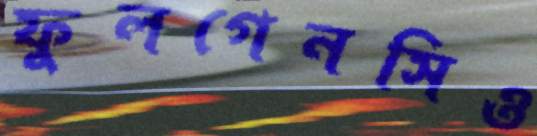
ফুলগেনসিও